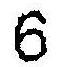
6